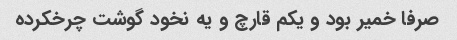
صرفا خمیر بود و یکم قارچ و یه نخود گوشت چرخکرده